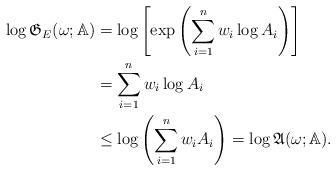
LaTeX: \begin{align*}\log \frak{G}_{E}(\omega; \mathbb{A}) & = \log \left[ \exp\left(\sum_{i=1}^{n}w_{i}\log A_{i}\right) \right]\\& =\sum_{i=1}^{n}w_{i}\log A_{i} \\& \leq \log \left(\sum_{i=1}^{n}w_{i}A_{i}\right) =\log \frak{A}(\omega; \mathbb{A}).\end{align*}